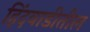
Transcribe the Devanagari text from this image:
हिंदवाडीतील